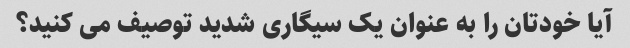
آیا خودتان را به عنوان یک سیگاری شدید توصیف می کنید؟